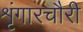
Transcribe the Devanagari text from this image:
शृंगारचौरी